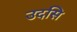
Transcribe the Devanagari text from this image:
उदसि